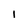
Character: I